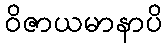
ဝိဇာယမာနာပိ